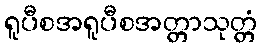
ရူပီစအရူပီစအတ္တာသုတ္တံ